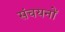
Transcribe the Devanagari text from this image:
संचयनों